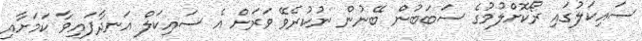
ސައިކަލުގައި ރޯކޮށްލުމުގެ ސަބަބުން ބޭނުން ނުކުރެވޭ ވަރަށް އެ ސައިކަލް އަނދާފައިވާ ކަމަށާއި